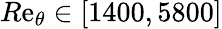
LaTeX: R\mathrm{e}_{\theta}\in[1400,5800]